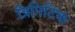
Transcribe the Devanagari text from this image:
त्रिपिटिक